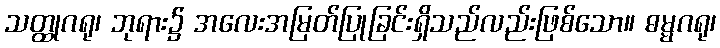
သတ္ထုဂရု၊ ဘုရား၌ အလေးအမြတ်ပြုခြင်းရှိသည်လည်းဖြစ်သော။ ဓမ္မဂရု၊